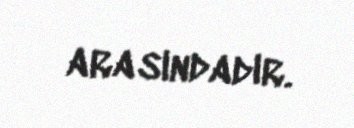
arasındadır.